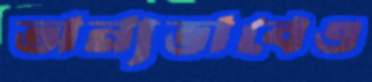
অন্যভাবেও